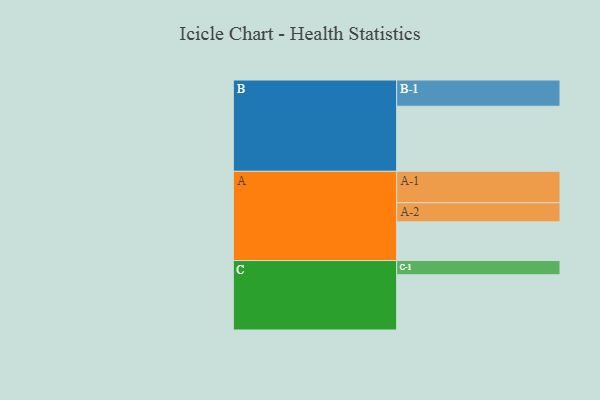
{"axis": {"x": "Segment", "y": "Value"}, "legend": ["", "A", "B", "C"], "data": [{"x": "A", "y": 345, "type": ""}, {"x": "B", "y": 580, "type": ""}, {"x": "C", "y": 492, "type": ""}, {"x": "A-1", "y": 280, "type": "A"}, {"x": "A-2", "y": 170, "type": "A"}, {"x": "B-1", "y": 234, "type": "B"}, {"x": "C-1", "y": 127, "type": "C"}]}